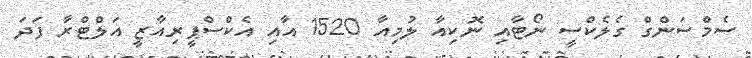
ސެމްސަންގް ގެލެކްސީ ނޯޓާއި ނޮކިއާ ލުމިއާ 1520 އާއި އެކްސްޕީރިއާޒީ އަލްޓްރާ ފަދަ